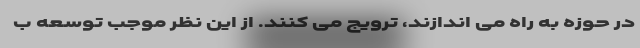
در حوزه به راه می اندازند، ترویج می کنند. از این نظر موجب توسعه ب